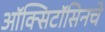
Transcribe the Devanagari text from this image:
ऑक्सिटॉसिनचे